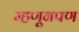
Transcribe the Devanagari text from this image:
म्हणूनपण